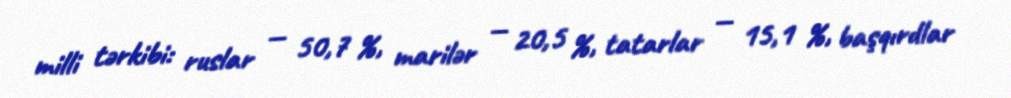
milli tərkibi: ruslar — 50,7 %, marilər — 20,5 %, tatarlar — 15,1 %, başqırdlar